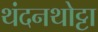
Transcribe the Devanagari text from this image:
थंदनथोट्टा